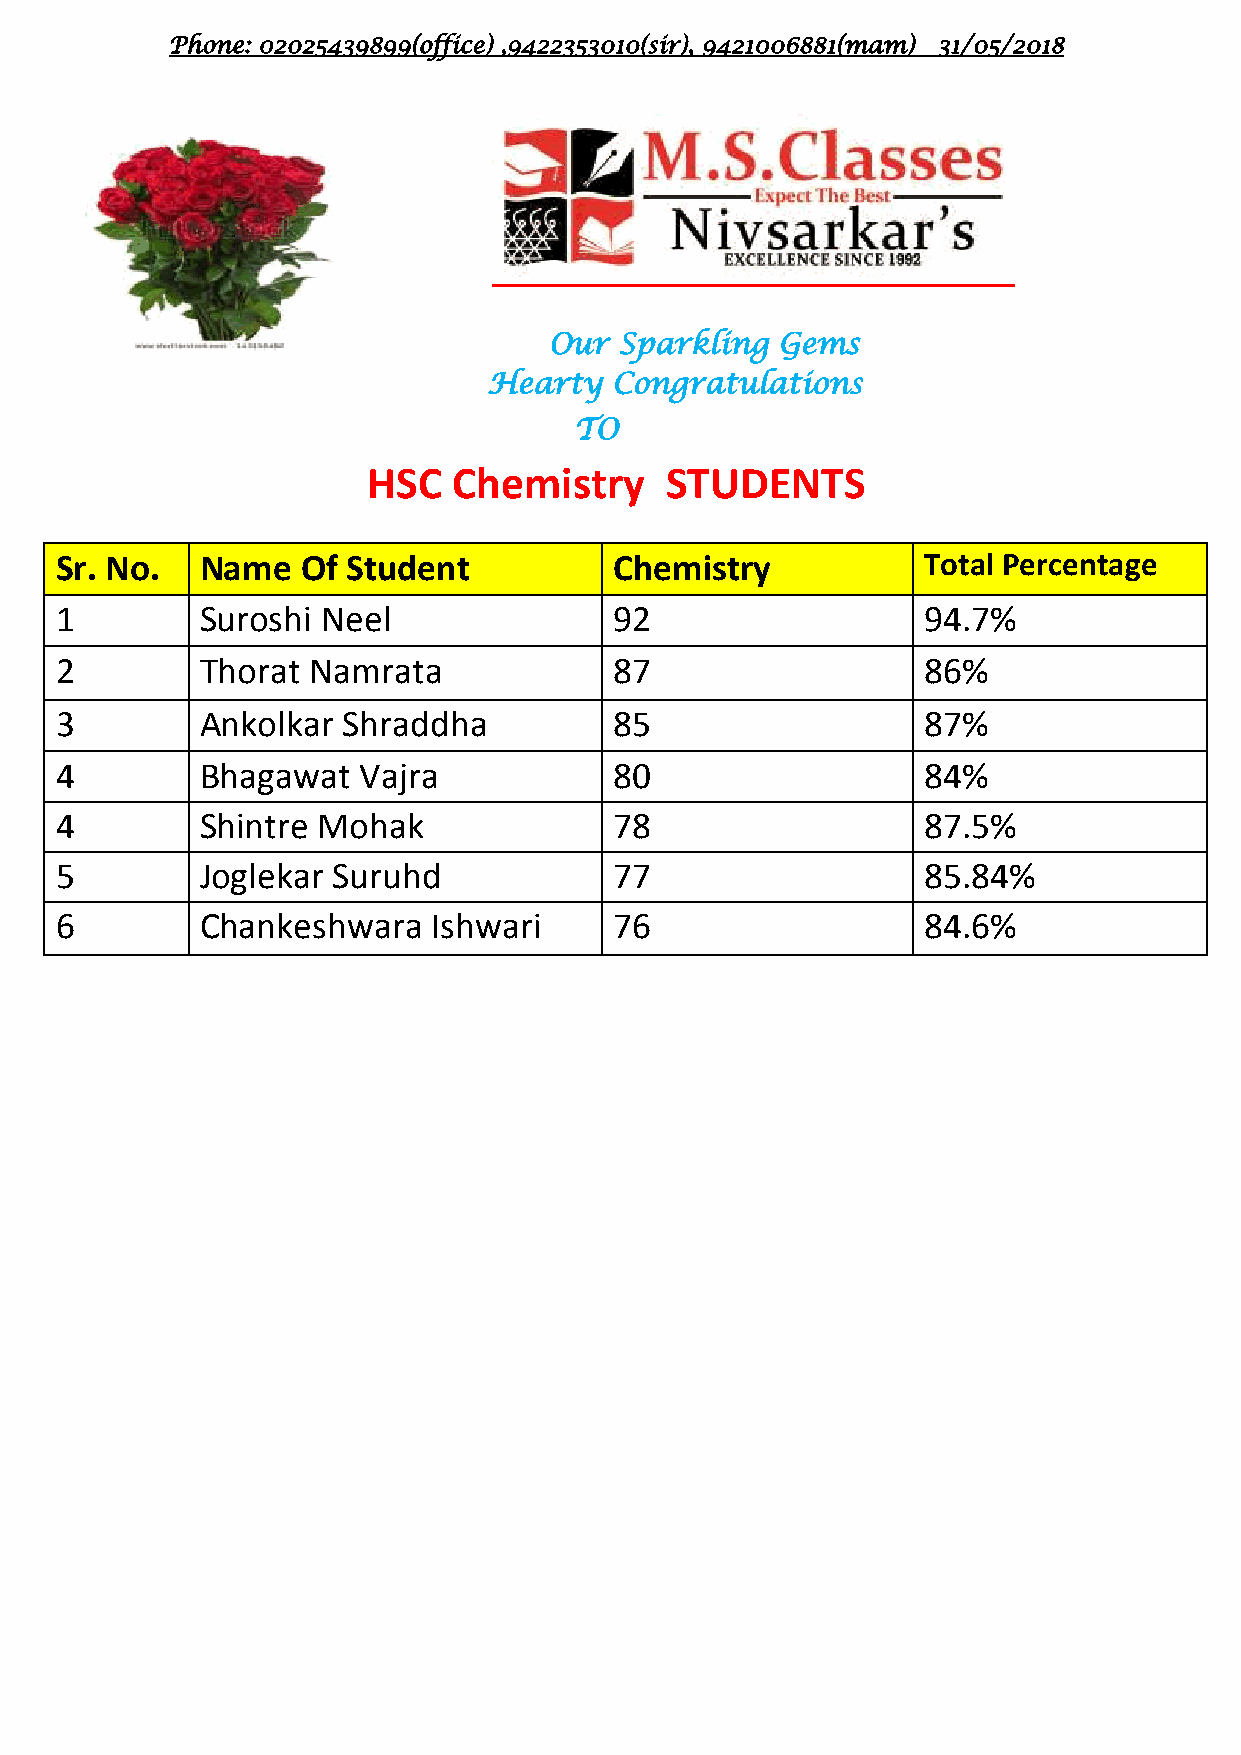
Phone: 02025439899(office) ,9422353010(sir), 9421006881(mam) 31/05/2018
 Our  Sparkling  Gems
 Hearty   Congratulations
 TO
 HSC   Chemistry     STUDENTS
 Sr. No.  Name   Of Student           Chemistry           Total Percentage
 1        Suroshi Neel                92                  94.7%
 2        Thorat Namrata              87                  86%
 3        Ankolkar  Shraddha          85                  87%
 4        Bhagawat   Vajra            80                  84%
 4        Shintre Mohak               78                  87.5%
 5        Joglekar Suruhd             77                  85.84%
 6        Chankeshwara    Ishwari     76                  84.6%